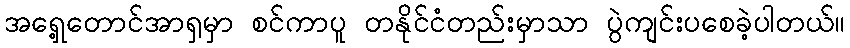
အရှေ့တောင်အာရှမှာ စင်ကာပူ တနိုင်ငံတည်းမှာသာ ပွဲကျင်းပစေခဲ့ပါတယ်။